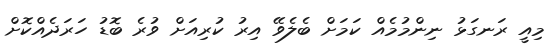
މިއީ ރަނގަޅު ނިންމުމެއް ކަމަށް ބެލެވޭ އިރު ކުރިއަށް ވުރެ ބޮޑު ހަރަދެއްކޮށް